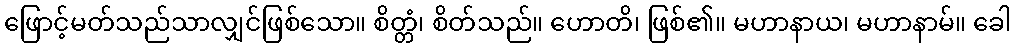
ဖြောင့်မတ်သည်သာလျှင်ဖြစ်သော။ စိတ္တံ၊ စိတ်သည်။ ဟောတိ၊ ဖြစ်၏။ မဟာနာယ၊ မဟာနာမ်။ ခေါ